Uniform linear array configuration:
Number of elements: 24
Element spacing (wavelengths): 0.5
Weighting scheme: cosine
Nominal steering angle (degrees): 45
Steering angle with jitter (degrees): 43.869
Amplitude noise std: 0.05
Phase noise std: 0.05

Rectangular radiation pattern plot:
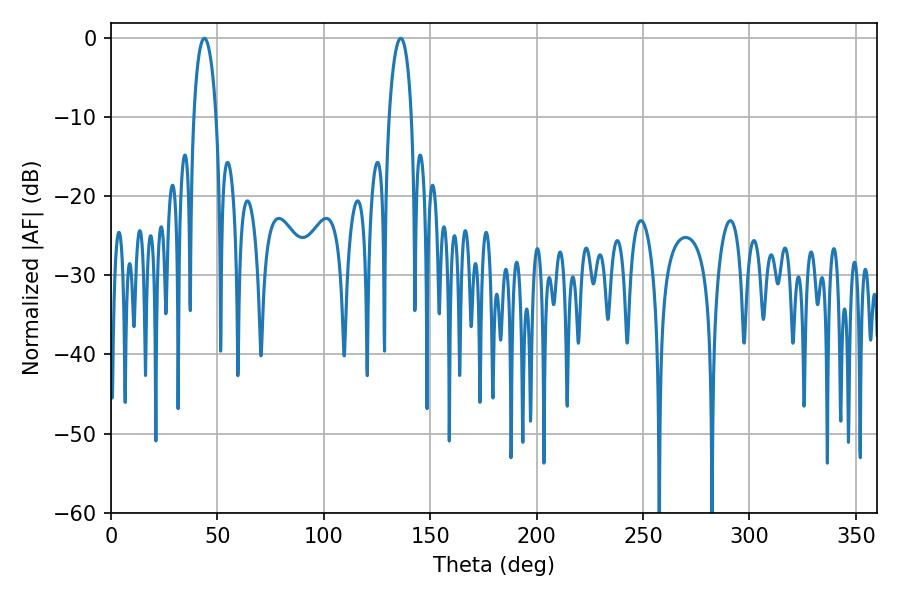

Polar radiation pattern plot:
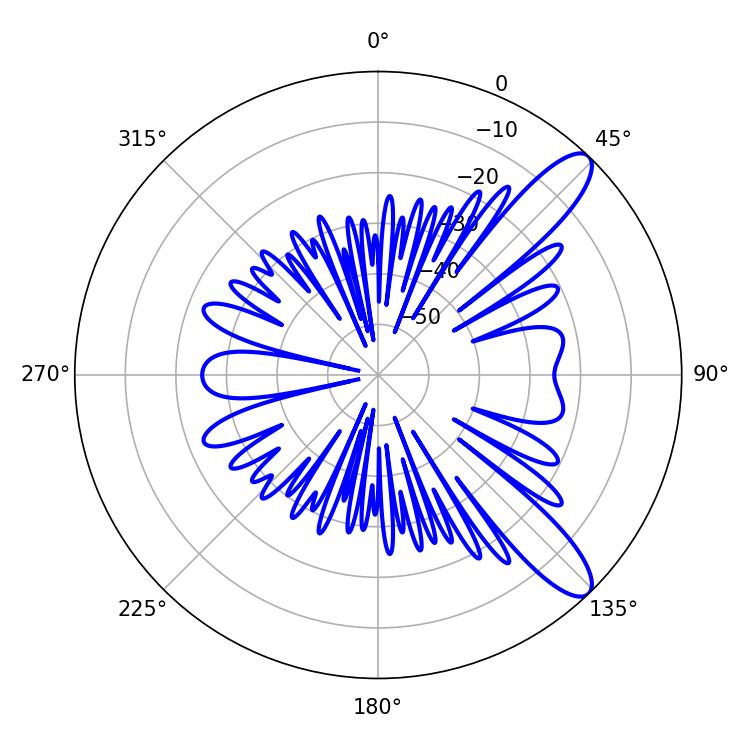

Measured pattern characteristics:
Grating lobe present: FALSE
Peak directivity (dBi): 10.971
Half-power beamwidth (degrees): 5.94
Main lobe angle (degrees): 43.92